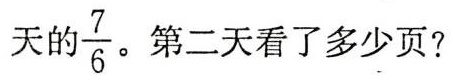
天的 \frac{7}{6}。第二天看了多少页？